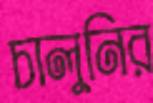
চালুনির